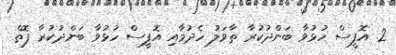
2. އޮފީސް ހުޅުވާ ބަންދުކުރާ ތާވަލު ހެދުމާއި އޮފީސް ހުޅުވާ ބަންދުކުރާ ފޮތް